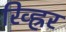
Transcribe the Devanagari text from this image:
रिव्ह्रर